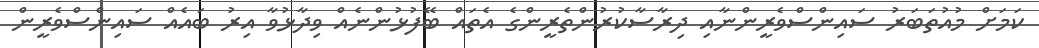
ކަމަށް މުއުތަބަރު ސައިންސްވެރީންނާއި ދިރާސާކުރުންތެރީންގެ އެތައް ބޭފުޅުންނެއް ވިދާޅުވާ އިރު ބައެއް ސައިންސްވެރީން